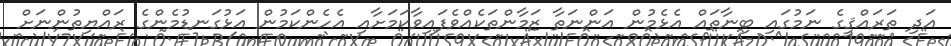
އަދި ތަރައްޤީގެ ނަމުގައި ބިނާތައް އެޅެމުން އަންނަތާ ޒަމާންތަކެއްވެފައިވާކަމަށާއި އެހެންކަމުން އަޅުގަނޑުމެންގެ ރައްޔިތުންނަށް